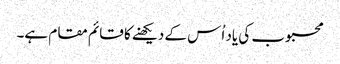
محبوب کی یاد اُس کے دیکھنے کا قائم مقام ہے۔